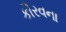
કૌરવના